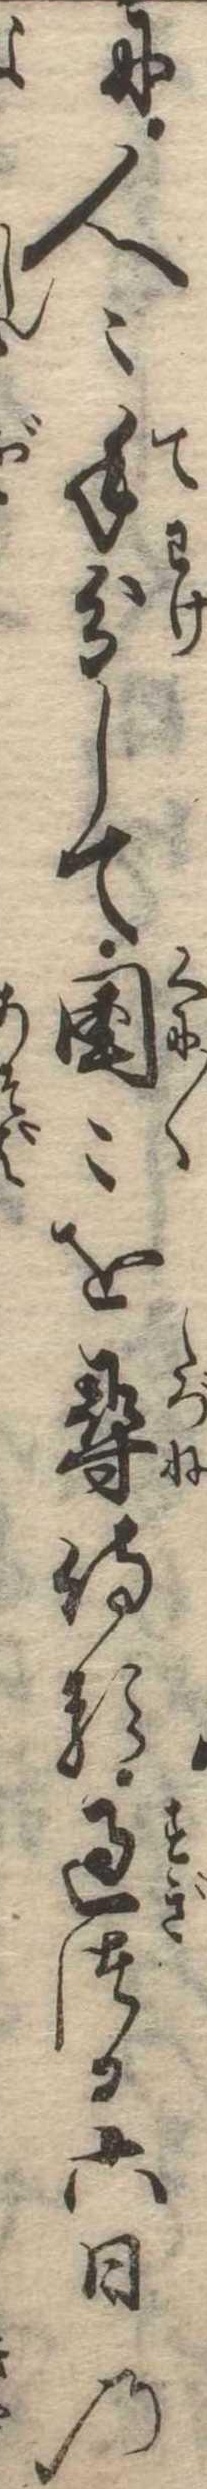
に人〻手分して国〻を尋侍る過つる六日の